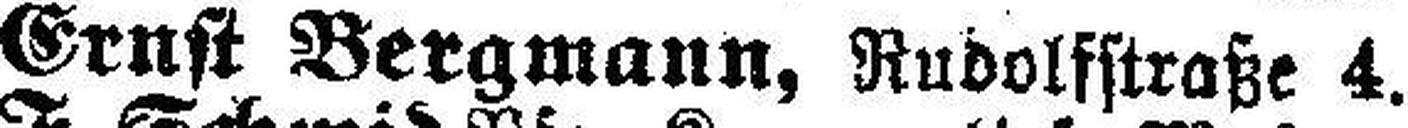
Ernst Bergmann, Rudolfstraße 4.